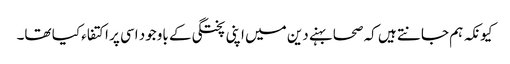
کیونکہ ہم جانتے ہیں کہ صحابہنے دین میں اپنی پختگی کے باوجود اسی پر اکتفاء کیا تھا۔